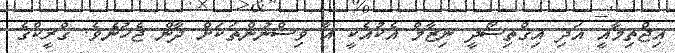
އިޖްތިމާއީ އަދި އިގްތިސޯދީ ނިޒާމް އެކުއެކީ އާ ވިސްނުންތަކަށް ދާން ޖެހުނެވެ. ގްރީކްގެ